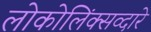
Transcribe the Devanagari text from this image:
लोकोलिंक्सव्दारे